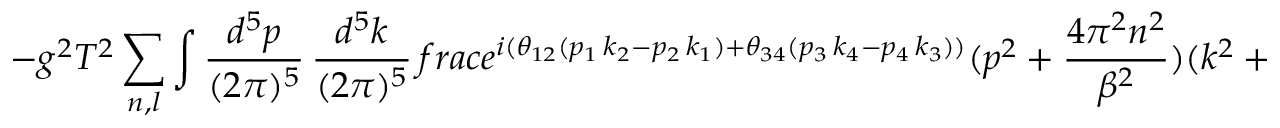
- g ^ { 2 } T ^ { 2 } \sum _ { n , l } \int \frac { d ^ { 5 } p } { ( 2 \pi ) ^ { 5 } } \, \frac { d ^ { 5 } k } { ( 2 \pi ) ^ { 5 } } \, f r a c { e ^ { i ( \theta _ { 1 2 } ( p _ { 1 } \, k _ { 2 } - p _ { 2 } \, k _ { 1 } ) + \theta _ { 3 4 } ( p _ { 3 } \, k _ { 4 } - p _ { 4 } \, k _ { 3 } ) ) } } { ( p ^ { 2 } + \frac { 4 \pi ^ { 2 } n ^ { 2 } } { \beta ^ { 2 } } ) ( k ^ { 2 } + \frac { 4 \pi ^ { 2 } l ^ { 2 } } { \beta ^ { 2 } } ) ( ( p + k ) ^ { 2 } + \frac { 4 \pi ^ { 2 } ( n + l ) ^ { 2 } } { \beta ^ { 2 } } ) } .